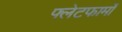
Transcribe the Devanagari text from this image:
फ्लेटफार्मों